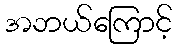
အဘယ်ကြောင့်